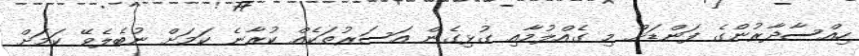
ހިއްސާދާރުންގެ ފަންޑަށް މި ގެއްލުމާއި ގުޅިގެން އަސަރުތަކެއް ކުރާނެ ކަމަށް ނުބެލެވޭ ކަމަށް